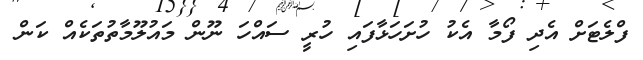
ފްލެޓަށް އެދި ފޯމާ އެކު ހުށަހަޅާފައި ހުރީ ސައްހަ ނޫން މައުލޫމާތުތަކެއް ކަން